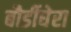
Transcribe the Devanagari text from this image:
बौर्डीघेरा